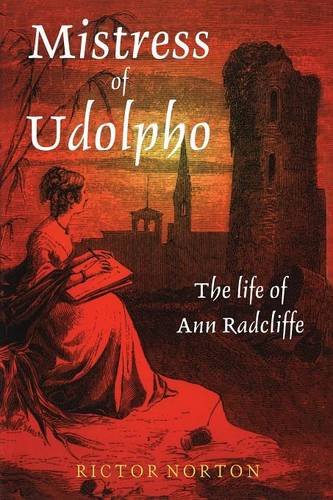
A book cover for Mistress of Udolpho: The Life of Ann Radcliffe; Rictor Norton; Romance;